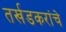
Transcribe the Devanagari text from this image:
तर्खडकरांचे